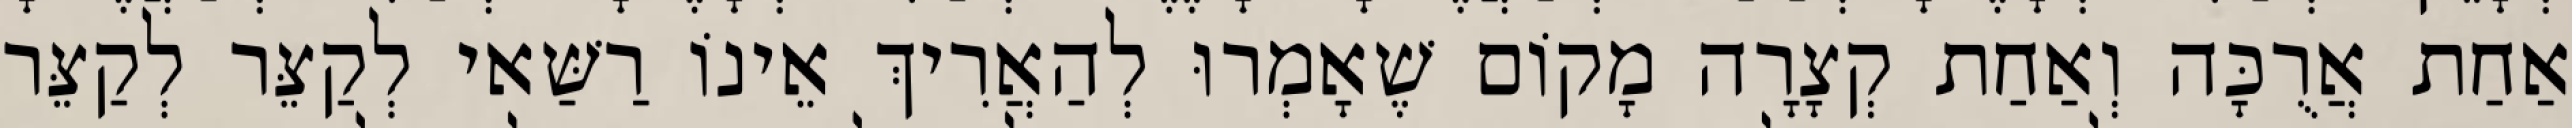
אַחַת אֲרֻכָּה וְאַחַת קְצָרָה מָקוֹם שֶׁאָמְרוּ לְהַאֲרִיךְ אֵינוֹ רַשַּׁאי לְקַצֵּר לְקַצֵּר